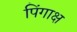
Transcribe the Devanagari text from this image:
पिंगाक्ष